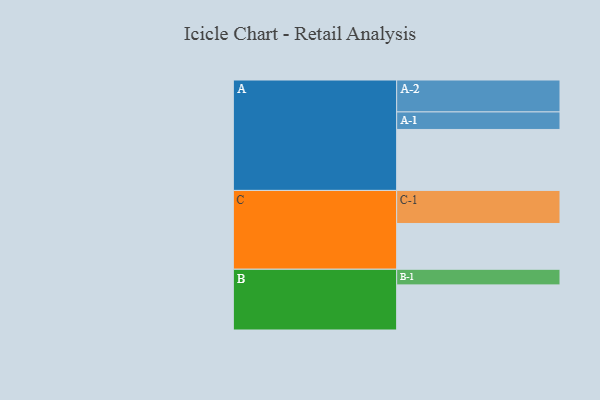
{"axis": {"x": "Segment", "y": "Value"}, "legend": ["", "A", "B", "C"], "data": [{"x": "A", "y": 546, "type": ""}, {"x": "B", "y": 404, "type": ""}, {"x": "C", "y": 410, "type": ""}, {"x": "A-1", "y": 157, "type": "A"}, {"x": "A-2", "y": 286, "type": "A"}, {"x": "B-1", "y": 140, "type": "B"}, {"x": "C-1", "y": 296, "type": "C"}]}